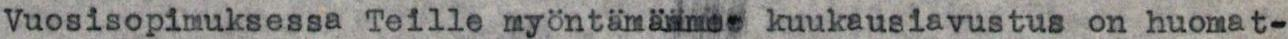
Vuosisopimuksessa Teille myöntämämmee kuukausiavustus on huomat-